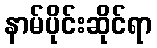
နာမ်ပိုင်းဆိုင်ရာ